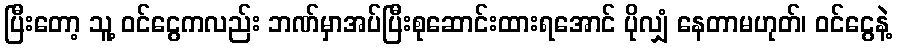
ပြီးတော့ သူ့ ဝင်ငွေကလည်း ဘဏ်မှာအပ်ပြီးစုဆောင်းထားရအောင် ပိုလျှံ နေတာမဟုတ်၊ ဝင်ငွေနဲ့